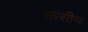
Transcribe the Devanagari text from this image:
केंसीय